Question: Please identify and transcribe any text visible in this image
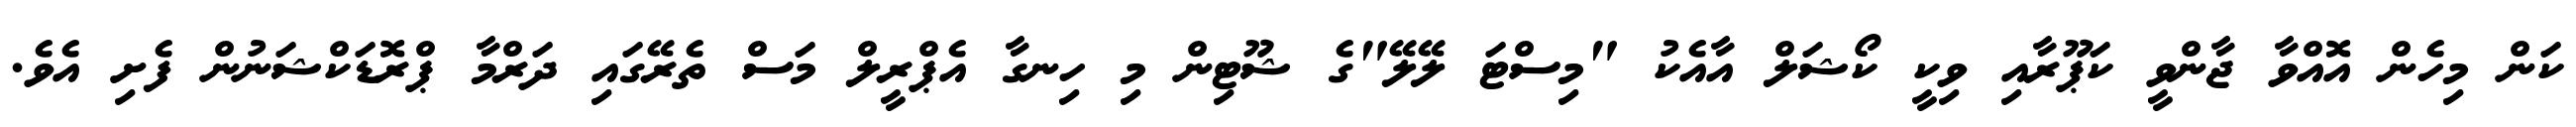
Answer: ކަން މިހެން އޮއްވާ ޖާންވީ ކަޕޫރާއި ވިކީ ކޯޝަލް އާއެކު "މިސްޓަ ލޭލޭ"ގެ ޝޫޓިން މި ހިނގާ އެޕްރީލް މަސް ތެރޭގައި ދަރްމާ ޕްރޮޑަކްޝަނުން ފެށި އެވެ.